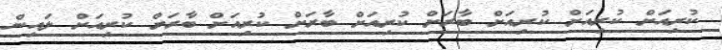
ކުރިއަށް ކުރިއަށް ކުރިއަށް ބާރަށް ކުރިއަށް ބާރަށް ކުރިއަށް ބާރަށް ކުރިއަށް ލައިން